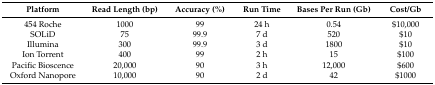
| Platform | Read Length (bp) | Accuracy (%) | Run Time | Bases Per Run (Gb) | Cost/Gb |
 | --- | --- | --- | --- | --- | --- |
 | 454 Roche | 1000 | 99 | 24 h | 0.54 | $10,000 |
 | SOLiD | 75 | 99.9 | 7 d | 520 | $10 |
 | Illumina | 300 | 99.9 | 3 d | 1800 | $10 |
 | Ion Torrent | 400 | 99 | 2 h | 15 | $100 |
 | Pacific Bioscence | 20,000 | 90 | 3 h | 12,000 | $600 |
 | Oxford Nanopore | 10,000 | 90 | 2 d | 42 | $1000 |